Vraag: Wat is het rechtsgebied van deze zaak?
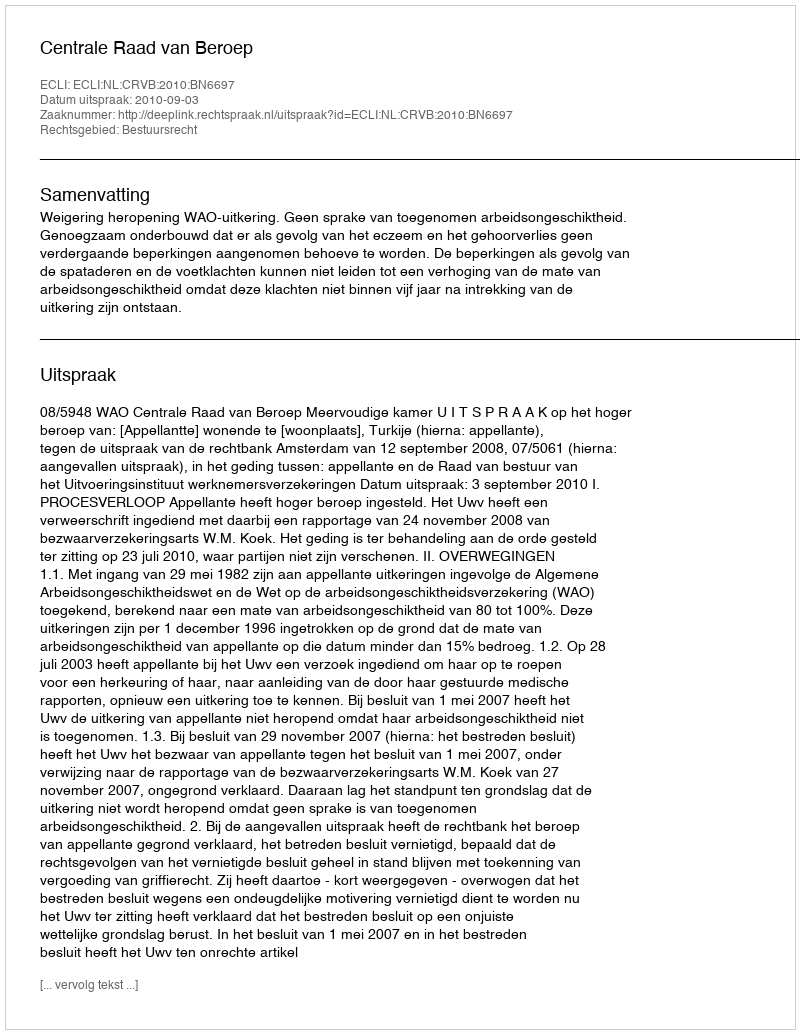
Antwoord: Bestuursrecht